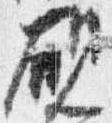
硯